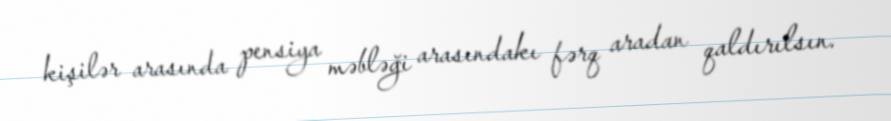
kişilər arasında pensiya məbləği arasındakı fərq aradan qaldırılsın.